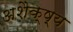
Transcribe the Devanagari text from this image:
अशैक्ष्य